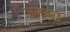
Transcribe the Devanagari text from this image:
जलहरा